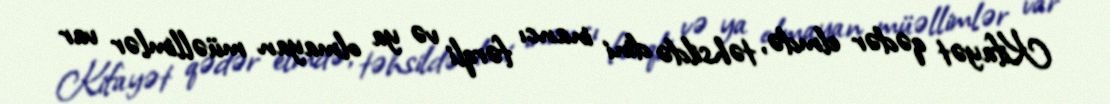
Kifayət qədər elmdə, təhsildə dini inancı fərqli və ya olmayan müəllimlər var